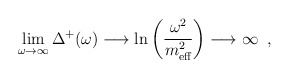
\begin{align*}\lim_{\omega\rightarrow\infty}\Delta^{+}(\omega)\longrightarrow \ln\left(\frac{\omega^{2}}{m_{\mbox{\scriptsize eff}}^{2}}\right)\longrightarrow\infty \;\;,\end{align*}